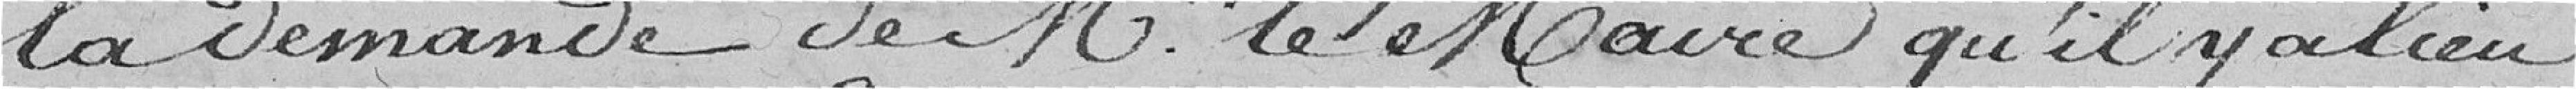
la demande de M. le Maire qu'il y a lieu